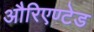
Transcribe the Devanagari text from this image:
औरिएण्टेड